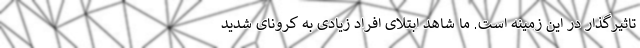
تاثیرگذار در این زمینه است. ما شاهد ابتلای افراد زیادی به کرونای شدید